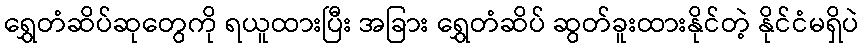
ရွှေတံဆိပ်ဆုတွေကို ရယူထားပြီး အခြား ရွှေတံဆိပ် ဆွတ်ခူးထားနိုင်တဲ့ နိုင်ငံမရှိပဲ